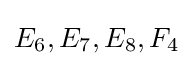
E_{6},E_{7},E_{8},F_{4}